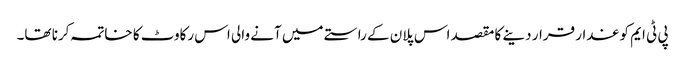
پی ٹی ایم کو غدار قرار دینے کا مقصد اس پلان کے راستے میں آنے والی اس رکاوٹ کا خاتمہ کرنا تھا۔